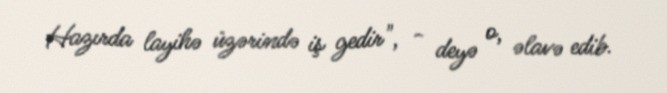
Hazırda layihə üzərində iş gedir", - deyə o, əlavə edib.